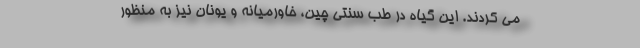
می کردند. این گیاه در طب سنتی چین، خاورمیانه و یونان نیز به منظور